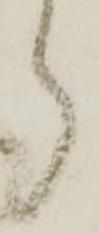
ら